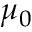
\mu _ { 0 }